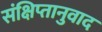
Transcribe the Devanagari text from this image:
संक्षिप्तानुवाद